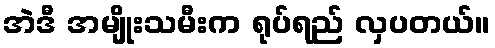
အဲဒီ အမျိုးသမီးက ရုပ်ရည် လှပတယ်။